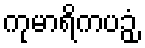
ကုမာရိကပဉှံ